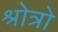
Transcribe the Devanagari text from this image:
श्रोत्रो